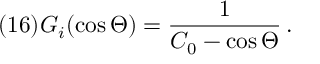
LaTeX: ( 1 6 ) G _ { i } ( \cos \Theta ) = \frac 1 { C _ { 0 } - \cos \Theta } \, .